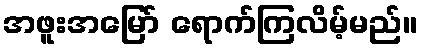
အဖူးအမြော် ရောက်ကြလိမ့်မည်။